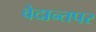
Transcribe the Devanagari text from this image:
वेदान्तपर